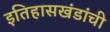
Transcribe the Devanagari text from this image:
इतिहासखंडांची